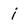
Character: i